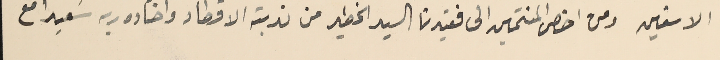
الاسفين ومن اخص المنتمين الى فقيدنا السيد الخطير من ندبته الاقطار واختاره ربه سَعيدًا مع